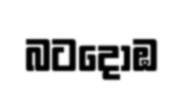
බටදොඹ